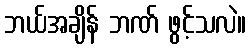
ဘယ်အချိန် ဘဏ် ဖွင့်သလဲ။